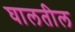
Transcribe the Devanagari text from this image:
घालतील